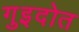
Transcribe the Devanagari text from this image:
गुइदोत